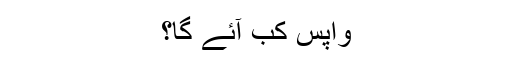
واپس کب آئے گا؟